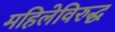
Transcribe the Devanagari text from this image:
महिलेविरुद्ध